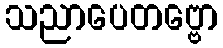
သညာပေတဗ္ဗော